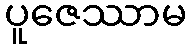
ပူဇေဿာမ